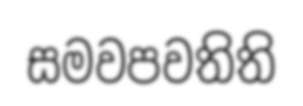
සමවපවතිති